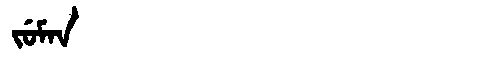
Manchu: ᠵᡠᠮᠠᠨ
Romanization: JUMAN